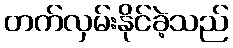
တက်လှမ်းနိုင်ခဲ့သည်